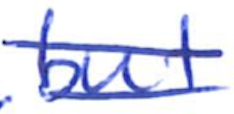
Text: but
Cross-out: mix
Writing tool: ballpoint